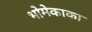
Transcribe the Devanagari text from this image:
भोमेकाका